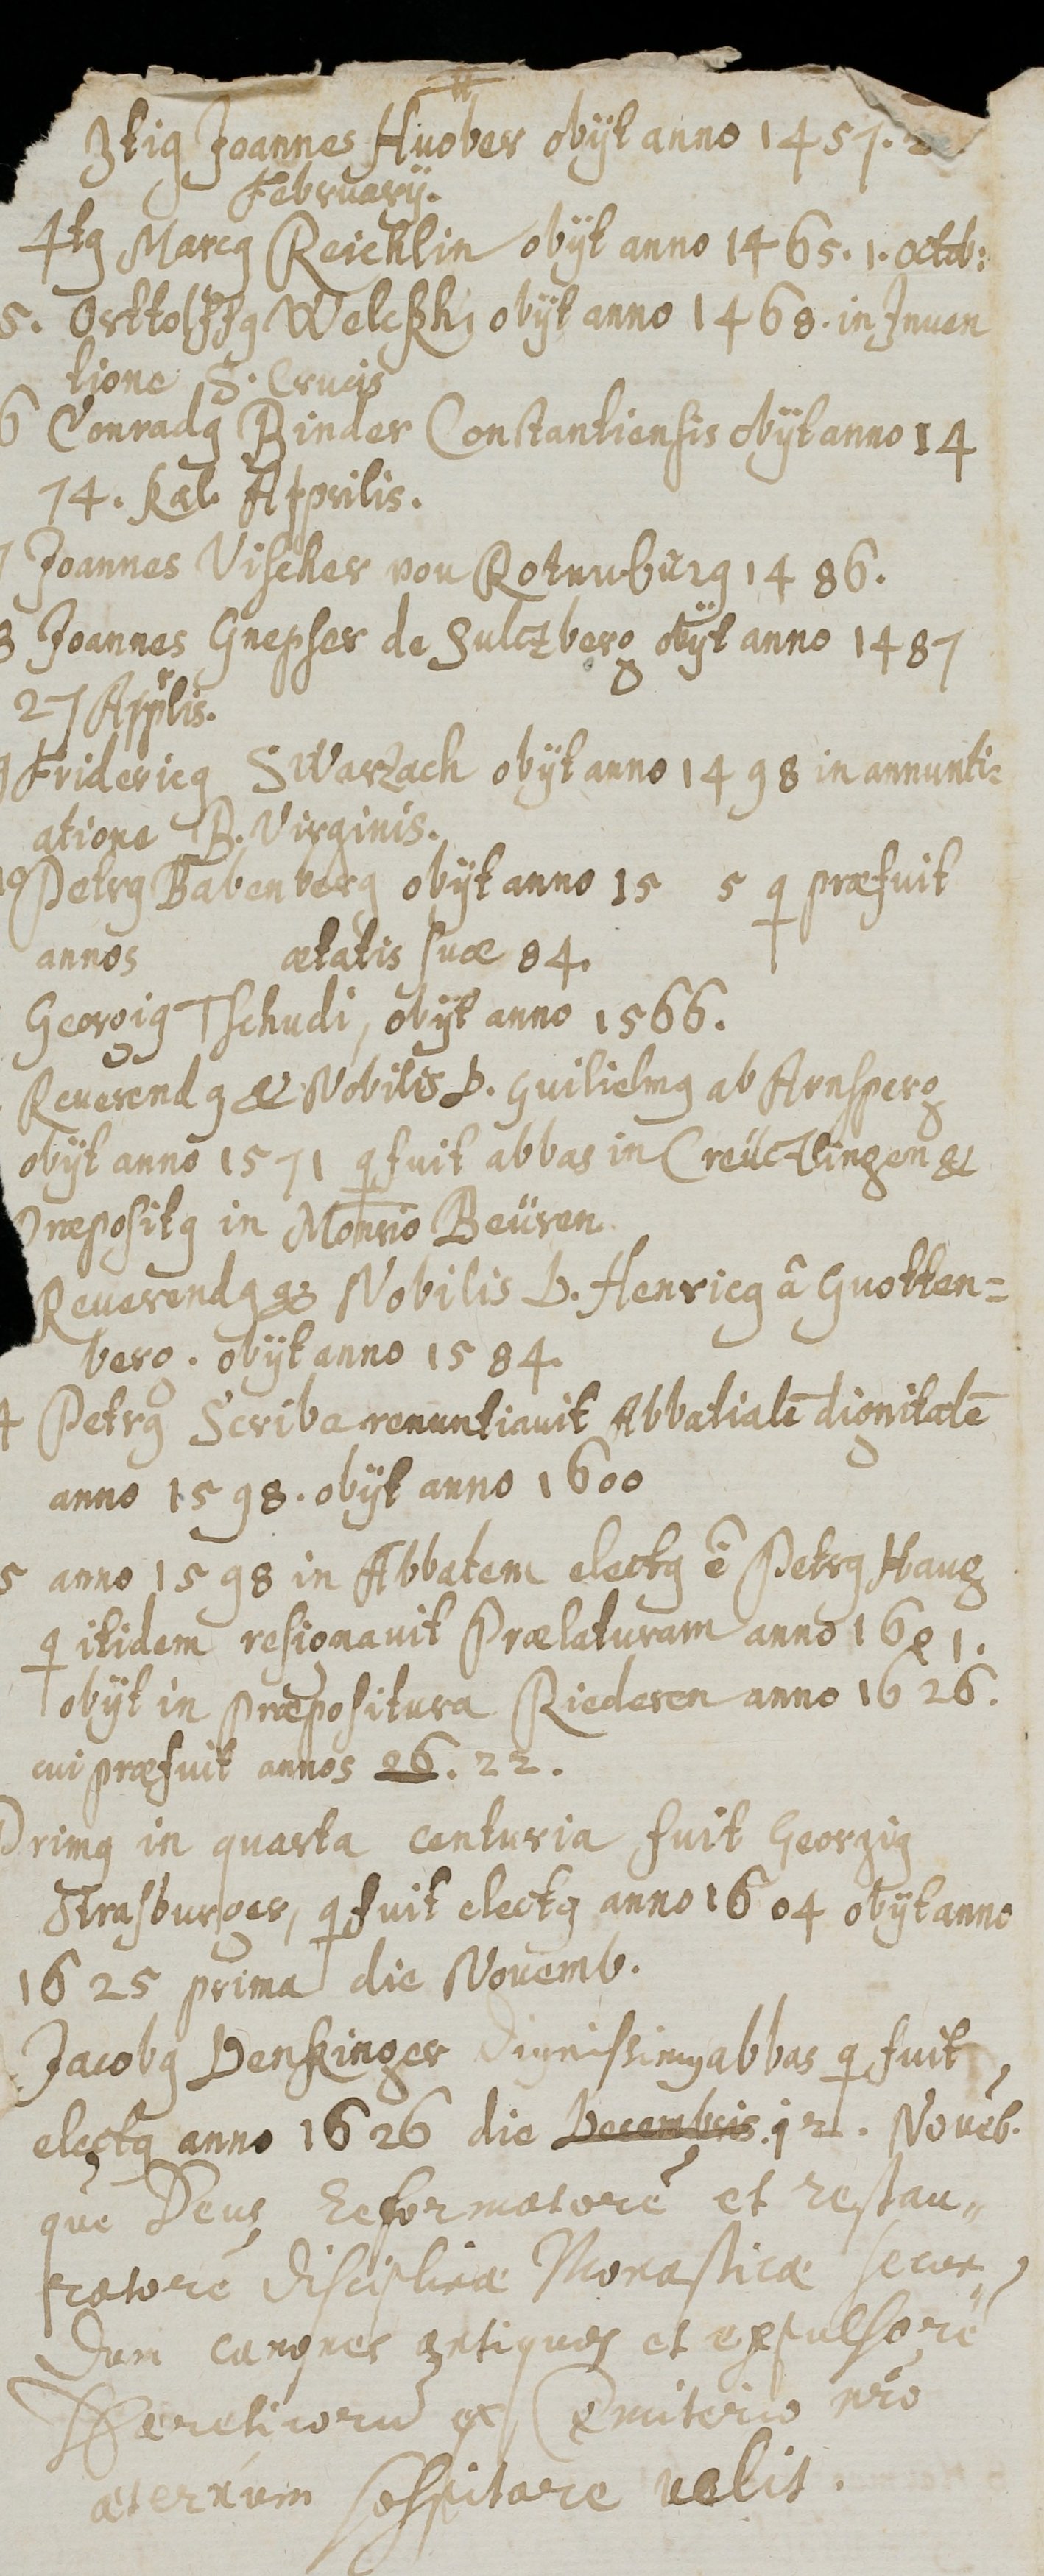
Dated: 1626–1656